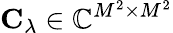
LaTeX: \mathbf{C_{\lambda}}\in\mathbb{C}^{M^{2}\times M^{2}}